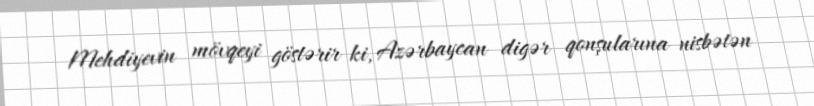
Mehdiyevin mövqeyi göstərir ki, Azərbaycan digər qonşularına nisbətən